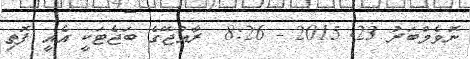
ނޮވެމްބަރު 23